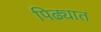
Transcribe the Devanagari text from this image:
पिढ्यात